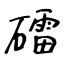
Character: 礌